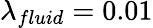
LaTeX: \lambda_{fluid}=0.01